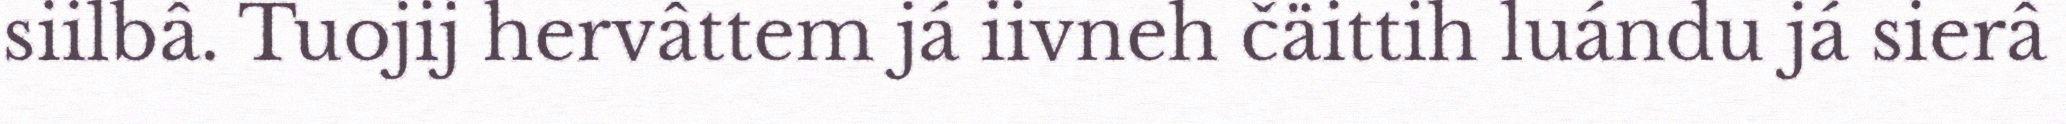
siilbâ. Tuojij hervâttem já iivneh čäittih luándu já sierâ